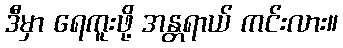
ဒီမှာ ရေကူးဖို့ အန္တရာယ် ကင်းလား။